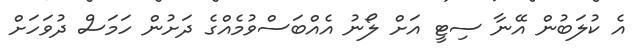
އެ ކުލަބުން އޭނާ ސިޓީ އަށް ލޯނު އެއްބަސްވުމެއްގެ ދަށުން ހަމަސް ދުވަހަށް